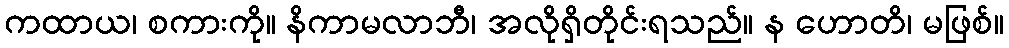
ကထာယ၊ စကားကို။ နိကာမလာဘီ၊ အလိုရှိတိုင်းရသည်။ န ဟောတိ၊ မဖြစ်။